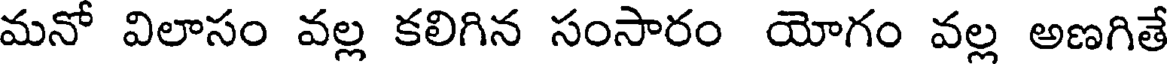
మనో విలాసం వల్ల కలిగిన సంసారం యోగం వల్ల అణగితే